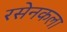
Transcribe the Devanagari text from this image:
रसेनकला